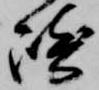
崎